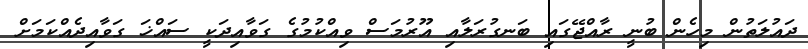
ދައުލަތުން މިހެން ބުނީ ރާއްޖޭގައި ބަނގުރަލާއި އޫރުމަސް ވިއްކުމުގެ ގަވާއިދަކީ ސައްޚަ ގަވާއިދެއްކަމަށް